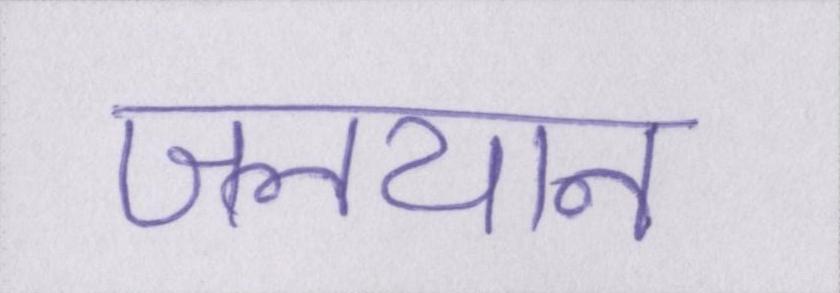
जलयान